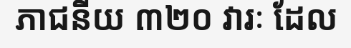
ភាជនីយ ៣២០ វារៈ ដែល